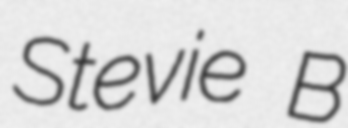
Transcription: Stevie B